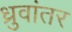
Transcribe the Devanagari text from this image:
ध्रुवांतर